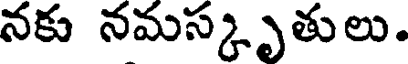
నకు నమస్కృతులు.